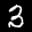
Label: 3